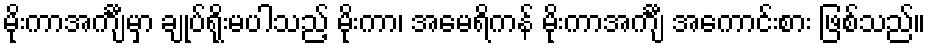
မိုးကာအင်္ကျီမှာ ချုပ်ရိုးမပါသည့် မိုးကာ၊ အမေရိကန် မိုးကာအင်္ကျီ အကောင်းစား ဖြစ်သည်။